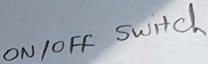
Text: ON/OFF  Switch